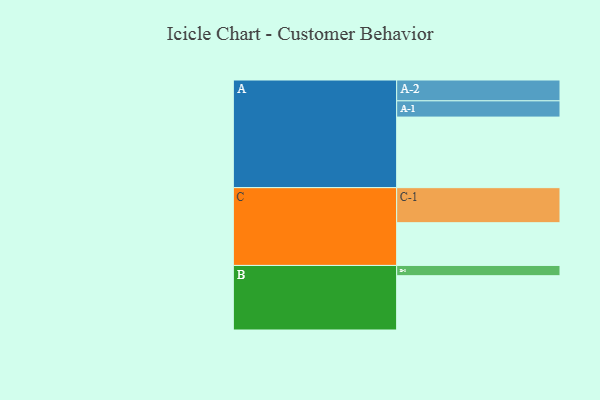
{"axis": {"x": "Segment", "y": "Value"}, "legend": ["", "A", "B", "C"], "data": [{"x": "A", "y": 586, "type": ""}, {"x": "B", "y": 451, "type": ""}, {"x": "C", "y": 355, "type": ""}, {"x": "A-1", "y": 135, "type": "A"}, {"x": "A-2", "y": 173, "type": "A"}, {"x": "B-1", "y": 85, "type": "B"}, {"x": "C-1", "y": 291, "type": "C"}]}